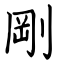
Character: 剛